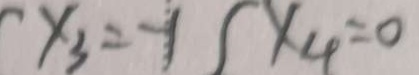
x _ { 3 } = - 1 ( x _ { 4 } = 0